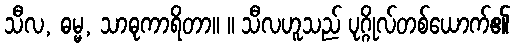
သီလ, ဓမ္မ, သာဓုကာရိတာ။ ။ သီလဟူသည် ပုဂ္ဂိုလ်တစ်ယောက်၏